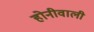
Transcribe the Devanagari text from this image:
होनीवाली